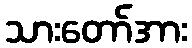
သားတော်အား